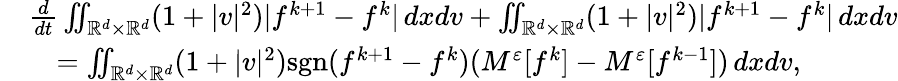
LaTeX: \begin{array}{rl}&{\frac{d}{dt}\iint_{\mathbb R^{d}\times\mathbb R^{d}}(1+|v|^{2})|f^{k+1}-f^{k}|\, dxdv+\iint_{\mathbb R^{d}\times\mathbb R^{d}}(1+|v|^{2})|f^{k+1}-f^{k}|\, dxdv}\\ &{\quad=\iint_{\mathbb R^{d}\times\mathbb R^{d}}(1+|v|^{2})\mathrm{sgn}(f^{k+1}-f^{k})(M^{\varepsilon}[f^{k}]-M^{\varepsilon}[f^{k-1}])\, dxdv,}\end{array}